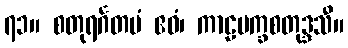
၇၁။ စတုရင်္ဂတမံ ဧဝံ၊ ကာဠပက္ခစတုဒ္ဒသီ။